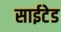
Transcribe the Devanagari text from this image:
साईटेड